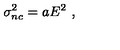
\sigma _ { n c } ^ { 2 } = a E ^ { 2 } \ ,